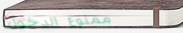
ممنوع الدخول